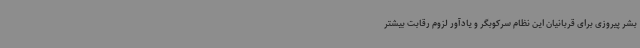
بشر پیروزی برای قربانیان این نظام سرکوبگر و یادآور لزوم رقابت بیشتر